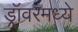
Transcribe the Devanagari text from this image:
ड्रॉवरमध्ये